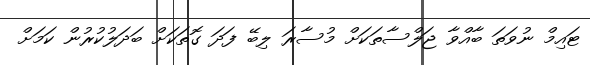
ޓައިމް ނުވަތަ ބާއްވާ ޖަލްސާތަކަށް މުސާރަ ލިބޭ ފަދަ ގޮތަކަށް ބަދަލުކުރުން ކަމަށް